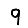
Digit: 9